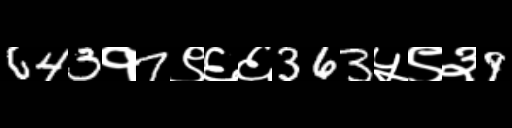
Text: 643१7९६६363५९३9